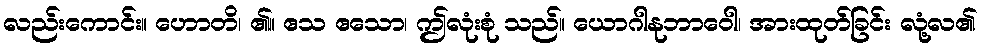
လည်းကောင်း။ ဟောတိ၊ ၏။ ဧသ ဧသော၊ ဤလုံးစုံ သည်။ ယောဂါနုဘာဝေါ၊ အားထုတ်ခြင်း လုံ့လ၏